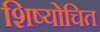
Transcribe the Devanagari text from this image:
शिष्योचित